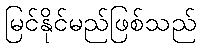
မြင်နိုင်မည်ဖြစ်သည်